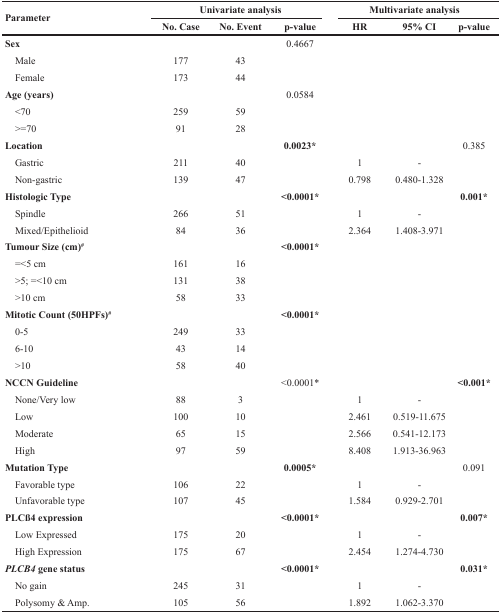
<table><thead><tr><td rowspan="2"><b>Parameter</b></td><td colspan="3"><b>Univariate analysis</b></td><td colspan="3"><b>Multivariate analysis</b></td></tr><tr><td><b>No. Case</b></td><td><b>No. Event</b></td><td><b>p-value</b></td><td><b>HR</b></td><td><b>95% CI</b></td><td><b>p-value</b></td></tr></thead><tbody><tr><td><b>Sex</b></td><td></td><td></td><td>0.4667</td><td></td><td></td><td></td></tr><tr><td> Male</td><td>177</td><td>43</td><td></td><td></td><td></td><td></td></tr><tr><td> Female</td><td>173</td><td>44</td><td></td><td></td><td></td><td></td></tr><tr><td><b>Age (years)</b></td><td></td><td></td><td>0.0584</td><td></td><td></td><td></td></tr><tr><td> &lt;70</td><td>259</td><td>59</td><td></td><td></td><td></td><td></td></tr><tr><td> &gt;=70</td><td>91</td><td>28</td><td></td><td></td><td></td><td></td></tr><tr><td><b>Location</b></td><td></td><td></td><td><b>0.0023</b>*</td><td></td><td></td><td>0.385</td></tr><tr><td> Gastric</td><td>211</td><td>40</td><td></td><td>1</td><td>-</td><td></td></tr><tr><td> Non-gastric</td><td>139</td><td>47</td><td></td><td>0.798</td><td>0.480-1.328</td><td></td></tr><tr><td><b>Histologic Type</b></td><td></td><td></td><td><b>&lt;0.0001</b>*</td><td></td><td></td><td><b>0.001</b>*</td></tr><tr><td> Spindle</td><td>266</td><td>51</td><td></td><td>1</td><td>-</td><td></td></tr><tr><td> Mixed/Epithelioid</td><td>84</td><td>36</td><td></td><td>2.364</td><td>1.408-3.971</td><td></td></tr><tr><td><b>Tumour Size (cm)<sup>#</sup></b></td><td></td><td></td><td><b>&lt;0.0001</b>*</td><td></td><td></td><td></td></tr><tr><td> =&lt;5 cm</td><td>161</td><td>16</td><td></td><td></td><td></td><td></td></tr><tr><td> &gt;5; =&lt;10 cm</td><td>131</td><td>38</td><td></td><td></td><td></td><td></td></tr><tr><td> &gt;10 cm</td><td>58</td><td>33</td><td></td><td></td><td></td><td></td></tr><tr><td><b>Mitotic Count (50HPFs)<sup>#</sup></b></td><td></td><td></td><td><b>&lt;0.0001</b>*</td><td></td><td></td><td></td></tr><tr><td> 0-5</td><td>249</td><td>33</td><td></td><td></td><td></td><td></td></tr><tr><td> 6-10</td><td>43</td><td>14</td><td></td><td></td><td></td><td></td></tr><tr><td> &gt;10</td><td>58</td><td>40</td><td></td><td></td><td></td><td></td></tr><tr><td><b>NCCN Guideline</b></td><td></td><td></td><td>&lt;0.0001*</td><td></td><td></td><td><b>&lt;0.001</b>*</td></tr><tr><td> None/Very low</td><td>88</td><td>3</td><td></td><td>1</td><td>-</td><td></td></tr><tr><td> Low</td><td>100</td><td>10</td><td></td><td>2.461</td><td>0.519-11.675</td><td></td></tr><tr><td> Moderate</td><td>65</td><td>15</td><td></td><td>2.566</td><td>0.541-12.173</td><td></td></tr><tr><td> High</td><td>97</td><td>59</td><td></td><td>8.408</td><td>1.913-36.963</td><td></td></tr><tr><td><b>Mutation Type</b></td><td></td><td></td><td><b>0.0005</b>*</td><td></td><td></td><td>0.091</td></tr><tr><td> Favorable type</td><td>106</td><td>22</td><td></td><td>1</td><td>-</td><td></td></tr><tr><td> Unfavorable type</td><td>107</td><td>45</td><td></td><td>1.584</td><td>0.929-2.701</td><td></td></tr><tr><td><b>PLCß4 expression</b></td><td></td><td></td><td><b>&lt;0.0001</b>*</td><td></td><td></td><td><b>0.007</b>*</td></tr><tr><td> Low Expressed</td><td>175</td><td>20</td><td></td><td>1</td><td>-</td><td></td></tr><tr><td> High Expression</td><td>175</td><td>67</td><td></td><td>2.454</td><td>1.274-4.730</td><td></td></tr><tr><td><b><i>PLCB4</i> gene status</b></td><td></td><td></td><td><b>&lt;0.0001</b>*</td><td></td><td></td><td><b>0.031</b>*</td></tr><tr><td> No gain</td><td>245</td><td>31</td><td></td><td>1</td><td>-</td><td></td></tr><tr><td> Polysomy &amp; Amp.</td><td>105</td><td>56</td><td></td><td>1.892</td><td>1.062-3.370</td><td></td></tr></tbody></table>